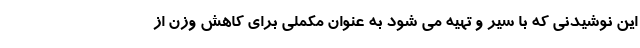
این نوشیدنی که با سیر و تهیه می شود به عنوان مکملی برای کاهش وزن از